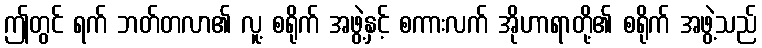
ဤတွင် ရက် ဘတ်တလာ၏ လူ့ စရိုက် အဖွဲ့နှင့် စကားလက် အိုဟာရာတို့၏ စရိုက် အဖွဲ့သည်